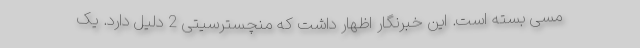
مسی بسته است. این خبرنگار اظهار داشت که منچسترسیتی 2 دلیل دارد. یک